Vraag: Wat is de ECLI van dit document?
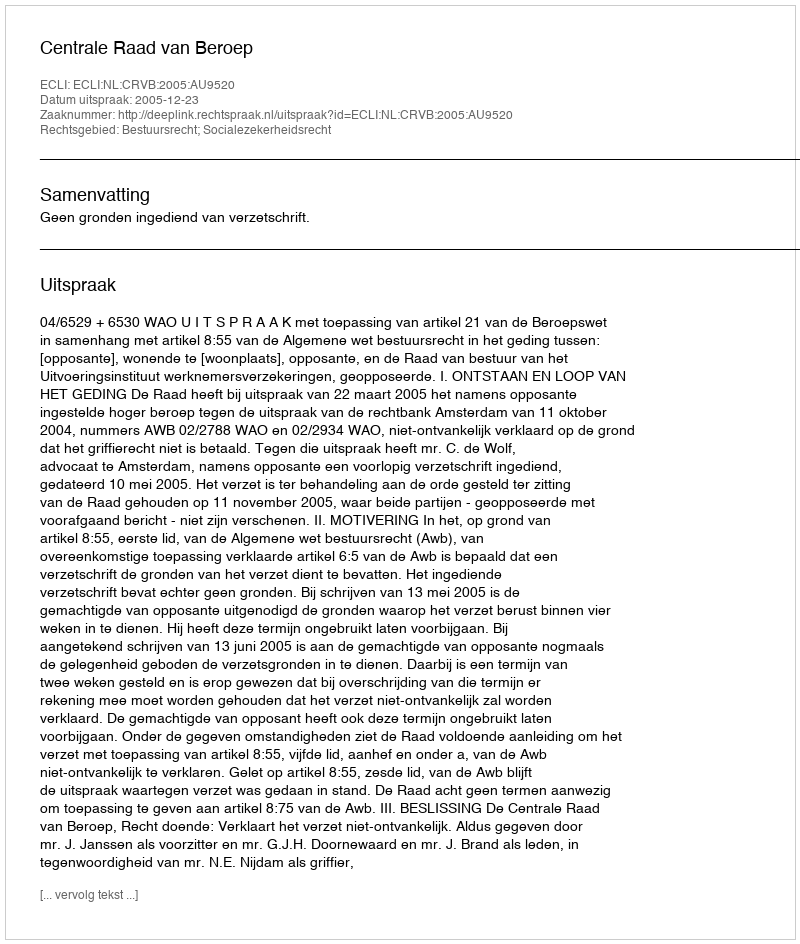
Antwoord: ECLI:NL:CRVB:2005:AU9520